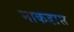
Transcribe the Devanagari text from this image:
माकडास